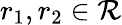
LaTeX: r_{1},r_{2}\in\mathcal{R}